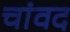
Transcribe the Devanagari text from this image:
चांवद